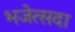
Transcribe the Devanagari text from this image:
भजेत्सदा